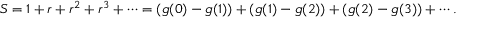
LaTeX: S = 1 + r + r ^ { 2 } + r ^ { 3 } + \cdots = ( g ( 0 ) - g ( 1 ) ) + ( g ( 1 ) - g ( 2 ) ) + ( g ( 2 ) - g ( 3 ) ) + \cdots .